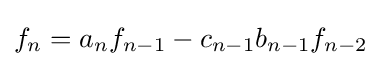
f_{n}=a_{n}f_{n-1}-c_{n-1}b_{n-1}f_{n-2}